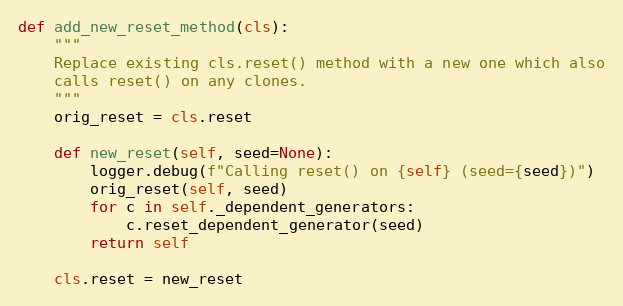
Language: Python
def add_new_reset_method(cls):
    """
    Replace existing cls.reset() method with a new one which also
    calls reset() on any clones.
    """
    orig_reset = cls.reset

    def new_reset(self, seed=None):
        logger.debug(f"Calling reset() on {self} (seed={seed})")
        orig_reset(self, seed)
        for c in self._dependent_generators:
            c.reset_dependent_generator(seed)
        return self

    cls.reset = new_reset